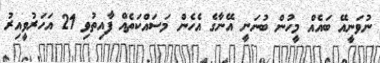
ނުވަނީއޭ ބައެއް މީހުން ބުނަނީ އޭނާގެ އެހެން މަސައްކަތެއް ފާއިތުވި 21 އަހަރުވީއިރު